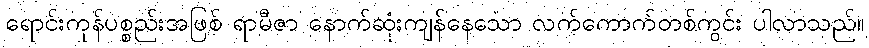
ရောင်းကုန်ပစ္စည်းအဖြစ် ရာမီဇာ နောက်ဆုံးကျန်နေသော လက်ကောက်တစ်ကွင်း ပါလာသည်။